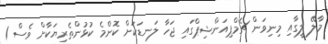
މާލޭ ލީގާއި މިނިވަން ޗެމްޕިއަންޝިޕްގައި ޖަހާ ލަނޑަކަށް ކޮންމެ ކުޅުންތެރިޔަކާށް ވެސް 1